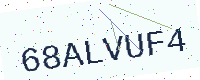
Text: 68ALVUF4